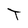
Character: T